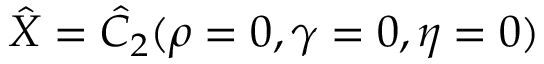
\hat { X } = \hat { C } _ { 2 } ( \rho = 0 , \gamma = 0 , \eta = 0 )